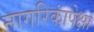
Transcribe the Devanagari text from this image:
नागरिकांपेक्षा